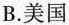
B.美国